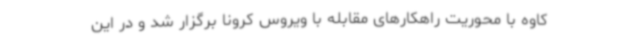
کاوه با محوریت راهکارهای مقابله با ویروس کرونا برگزار شد و در این